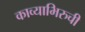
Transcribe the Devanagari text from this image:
काव्याभिरुची